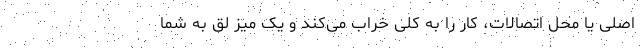
اصلی یا محل اتصالات، کار را به کلی خراب می‌کند و یک میز لق به شما